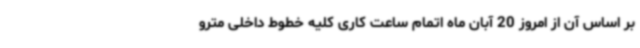
بر اساس آن از امروز 20 آبان ماه اتمام ساعت کاری کلیه خطوط داخلی مترو